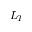
L _ { T }